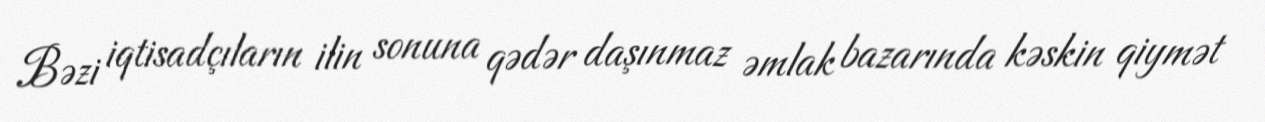
Bəzi iqtisadçıların ilin sonuna qədər daşınmaz əmlak bazarında kəskin qiymət